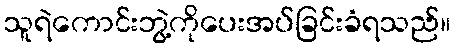
သူရဲကောင်းဘွဲ့ကိုပေးအပ်ခြင်းခံရသည်။